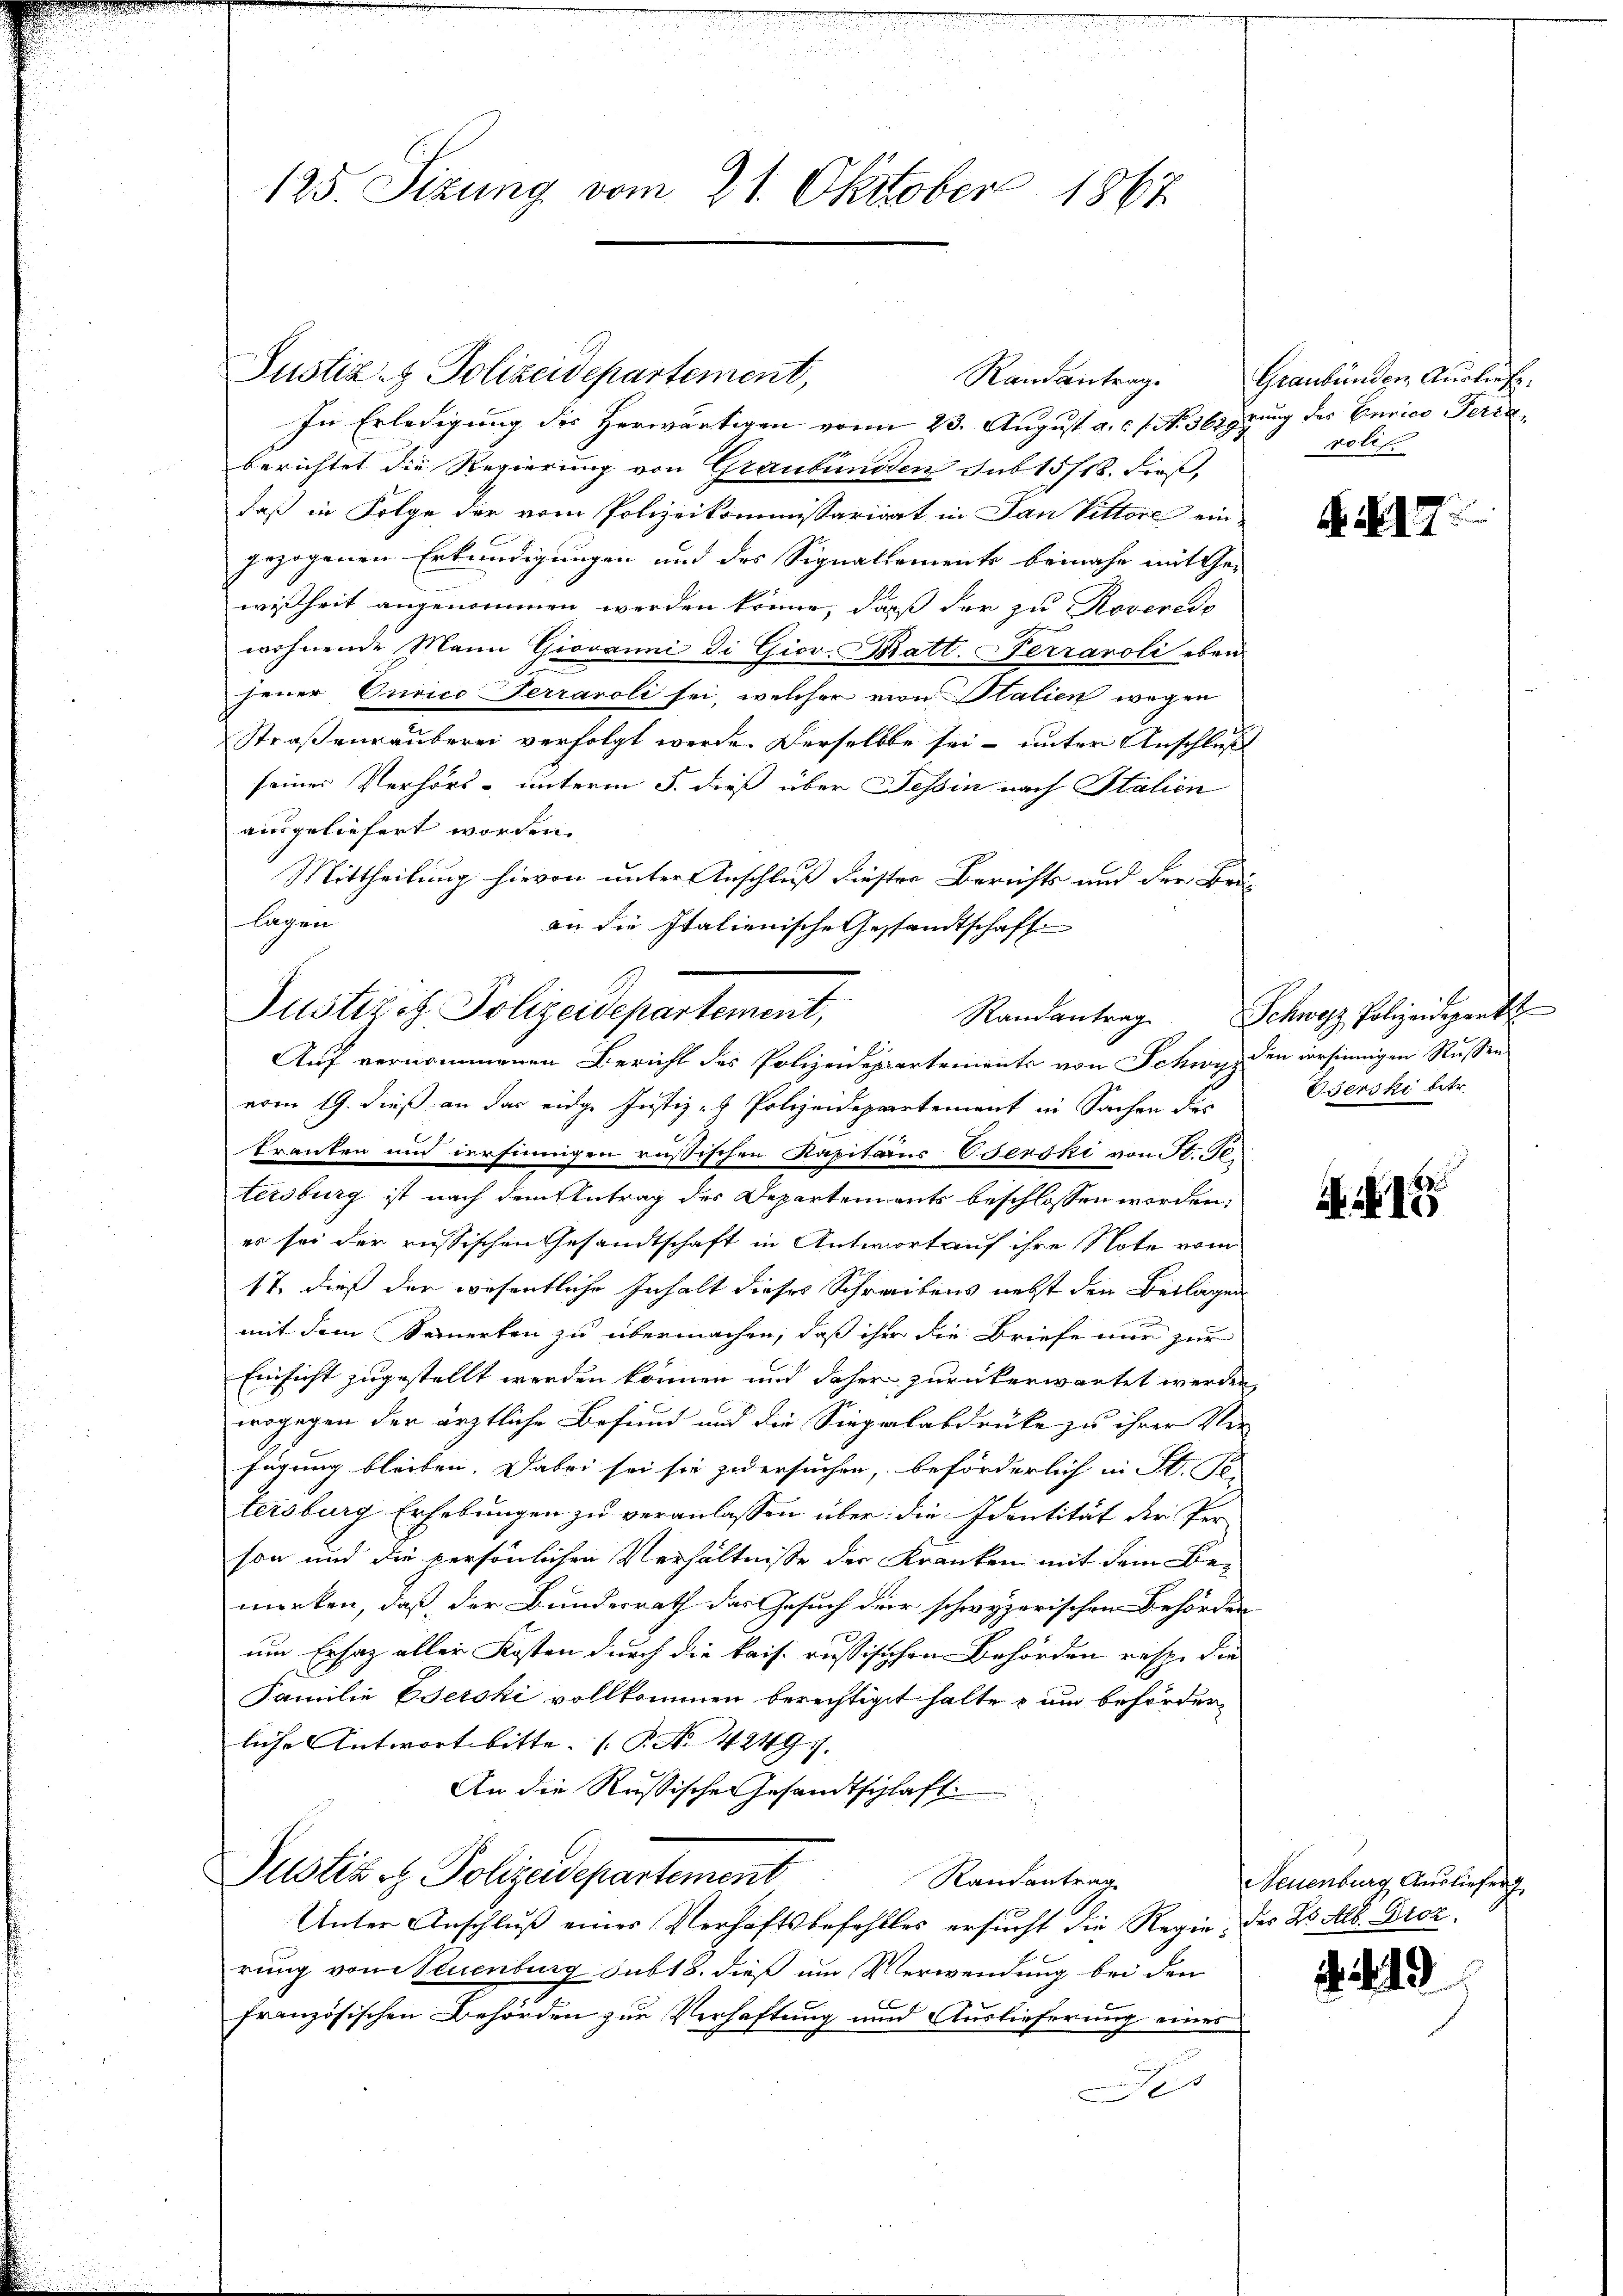
125. Sizung vom 21. Oktober 1867

Justiz- & Polizeidepartement,

Justizit Polizeidepartement,
Randantrag
2
Auf vernommenen Bericht des Polizeidepartements von Schwyz den versinnigen Rußen

Randantrag

In Erledigung des Herwärtigen vom 23. August a. c. f. No. 361 prung des Curico Terra
berichtet die Regierung von Graubünden sub 15/18. dieß,
daß in Folge der vom Polizeikommissariart in Jan Vittore ein-
gezogenen Erkundigungen und des Signallements beinahe mit Ge-
wißheit angenommen werden könne, daß der zu Roveredo
wohnende Mann Giovanni di Giov. Bratt. Ferraroli eben
jener Curico Terraroli sei, welcher von Stalien wegen
Straßenräuberei verfolgt werde. Derselbe sei – unter Anschluß
seiner Verhörs- unterm 5. dieß über Tessin nach Italien
ausgeliefert worden.
Mittheilung hievon unter Anschluß diester Berichts und der Bei
lagen
an die Italienische Gestandtschaft
vom 19. dieß an das eidge Justiz- & Polizeidepartement in Sachen des
kranken und versinnigen russischen Kapitäns Verski von A. R.
tersburg ist nach dem Antrag der Departements beschlossen worden,
es sei der russischen Gesandtschaft in Antwort auf ihre Note vom
17, dieß der wesentliche Inhalt dieses Schreibens nebst den Beilagen
mit dem Seinerten zu übermachen, daß ihm die Briefe nur zur
Einsicht zugestellt werden können und daher zurückerwartet werden
wogegen der ärztliche Befund und die Siepalabdrüke zu ihrer Ver-
fügung bleiben. Dabei sei sie zu ersuchen, beförderlich in St.
tersburg Erhebungen zu veranlassen über die Identität der Per-
son und die persönlichen Verhältnisse der Kranken mit dem Bemerken, daß der Bundesrath das Gesuch der schwyzerischen Behörden
um Ersatz aller Kosten durch die kais. russisichen Behörden resp. die
Familie Eserski vollkommen berechtiget halte - um beförderliche Antwort bitte. (T. N. 42497.
An die Russische Gesandtschlaft
Justizog. Polizeidepartement
Rautantrag
Unter Anschluß eines Verhaftsbefehlles ersucht die Regie, der Bs. Alb. Droz.
rung von Neuenburg sub 18. dieß um Verwendung bei den
französischen Behörden zur Verhaftung und Auslieferung eines
0

Graubünden, Ausliefe.
polit

N 17

Schweiz. Polizeidepart
Uerski betr.

A. S. 15

Neuenburg Auslieferg
2219